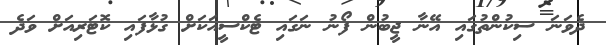
ދެވަނަ ސިކުންތުގައި އޭނާ ޖީބުން ފޯނު ނަގައި ޓެކްސީއަކަށް ގުޅާފައި ކޮޓަރިއަށް ވަދެ